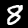
Label: 8